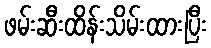
ဖမ်းဆီးထိန်းသိမ်းထားပြီး